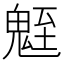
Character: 𩳀